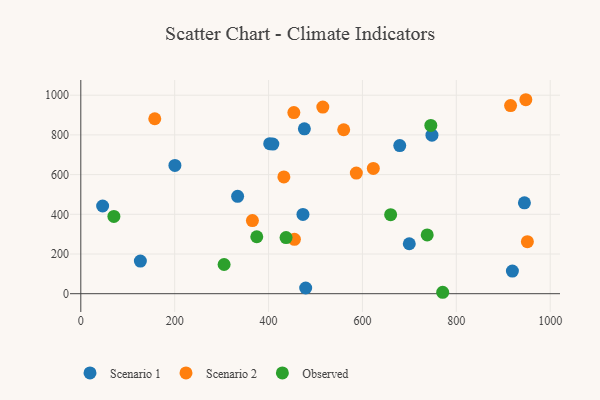
{"axis": {"x": "Investment", "y": "Exam Score"}, "legend": ["Observed", "Scenario 1", "Scenario 2"], "data": [{"x": "402.5", "y": 755.6, "type": "Scenario 1"}, {"x": "699.8", "y": 251.7, "type": "Scenario 1"}, {"x": "200.5", "y": 646.4, "type": "Scenario 1"}, {"x": "679.5", "y": 746.0, "type": "Scenario 1"}, {"x": "479.1", "y": 28.8, "type": "Scenario 1"}, {"x": "919.5", "y": 114.2, "type": "Scenario 1"}, {"x": "473.3", "y": 399.4, "type": "Scenario 1"}, {"x": "945.1", "y": 457.6, "type": "Scenario 1"}, {"x": "476.3", "y": 830.7, "type": "Scenario 1"}, {"x": "126.9", "y": 164.2, "type": "Scenario 1"}, {"x": "409.1", "y": 753.6, "type": "Scenario 1"}, {"x": "748.1", "y": 798.8, "type": "Scenario 1"}, {"x": "334.1", "y": 490.8, "type": "Scenario 1"}, {"x": "46.5", "y": 441.8, "type": "Scenario 1"}, {"x": "453.9", "y": 912.3, "type": "Scenario 2"}, {"x": "951.4", "y": 262.1, "type": "Scenario 2"}, {"x": "515.6", "y": 940.3, "type": "Scenario 2"}, {"x": "587.0", "y": 607.7, "type": "Scenario 2"}, {"x": "432.6", "y": 588.4, "type": "Scenario 2"}, {"x": "915.6", "y": 947.9, "type": "Scenario 2"}, {"x": "948.1", "y": 977.2, "type": "Scenario 2"}, {"x": "560.1", "y": 825.9, "type": "Scenario 2"}, {"x": "455.1", "y": 273.8, "type": "Scenario 2"}, {"x": "623.2", "y": 631.0, "type": "Scenario 2"}, {"x": "157.6", "y": 881.3, "type": "Scenario 2"}, {"x": "365.6", "y": 368.4, "type": "Scenario 2"}, {"x": "738.0", "y": 296.0, "type": "Observed"}, {"x": "771.0", "y": 7.2, "type": "Observed"}, {"x": "745.7", "y": 847.8, "type": "Observed"}, {"x": "374.9", "y": 286.8, "type": "Observed"}, {"x": "660.1", "y": 398.3, "type": "Observed"}, {"x": "305.3", "y": 147.2, "type": "Observed"}, {"x": "437.3", "y": 282.6, "type": "Observed"}, {"x": "70.5", "y": 389.5, "type": "Observed"}]}